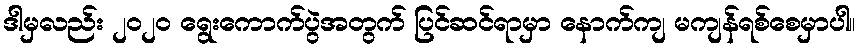
ဒါမှလည်း ၂၀၂၀ ရွေးကောက်ပွဲအတွက် ပြင်ဆင်ရာမှာ နောက်ကျ မကျန်ရစ်စေမှာပါ။